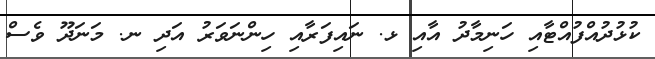
ކުޅުދުއްފުއްޓާއި ހަނިމާދު އާއި ޅ. ނައިފަރާއި ހިންނަވަރު އަދި ނ. މަނަދޫ ވެސް